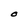
Character: O